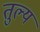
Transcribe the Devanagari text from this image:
तुल्यं